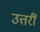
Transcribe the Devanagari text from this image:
उत्तरीं